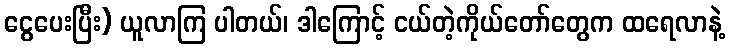
ငွေပေးပြီး) ယူလာကြ ပါတယ်၊ ဒါကြောင့် ငယ်တဲ့ကိုယ်တော်တွေက ထရေလာနဲ့